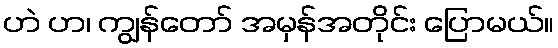
ဟဲ ဟ၊ ကျွန်တော် အမှန်အတိုင်း ပြောမယ်။